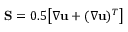
\mathbf { S } = 0 . 5 \bigl [ \nabla \mathbf { u } + ( \nabla \mathbf { u } ) ^ { T } \bigr ]